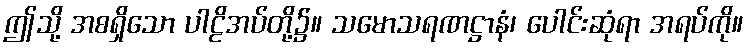
ဤသို့ အစရှိသော ပါဠိအပ်တို့၌။ သမောသရဏဋ္ဌာနံ၊ ပေါင်းဆုံရာ အရပ်ကို။